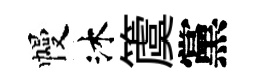
幔沐𥵂黨